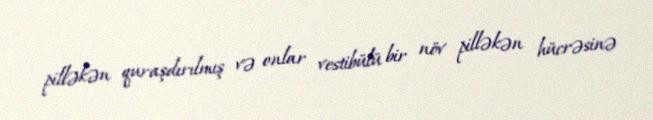
pilləkən quraşdırılmış və onlar vestibülü bir növ pilləkən hücrəsinə